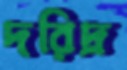
দরিদ্র